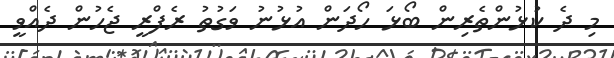
މި ދެ ކުޅުންތެރިން ބޯޅަ ހޯދަން އުޅުނު ވަގުތު ރެފްރީ ޖެހުން ދެއްވީ